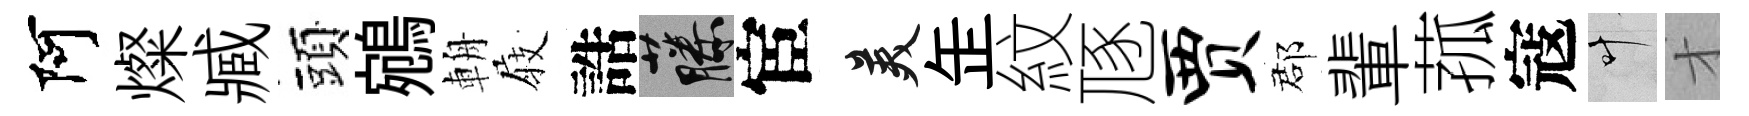
阿燦臧頭鵷輈𡲆誥藤宦美𦈢紋豗贾郡輩菰寇叶才